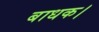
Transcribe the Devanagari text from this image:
बाधक।